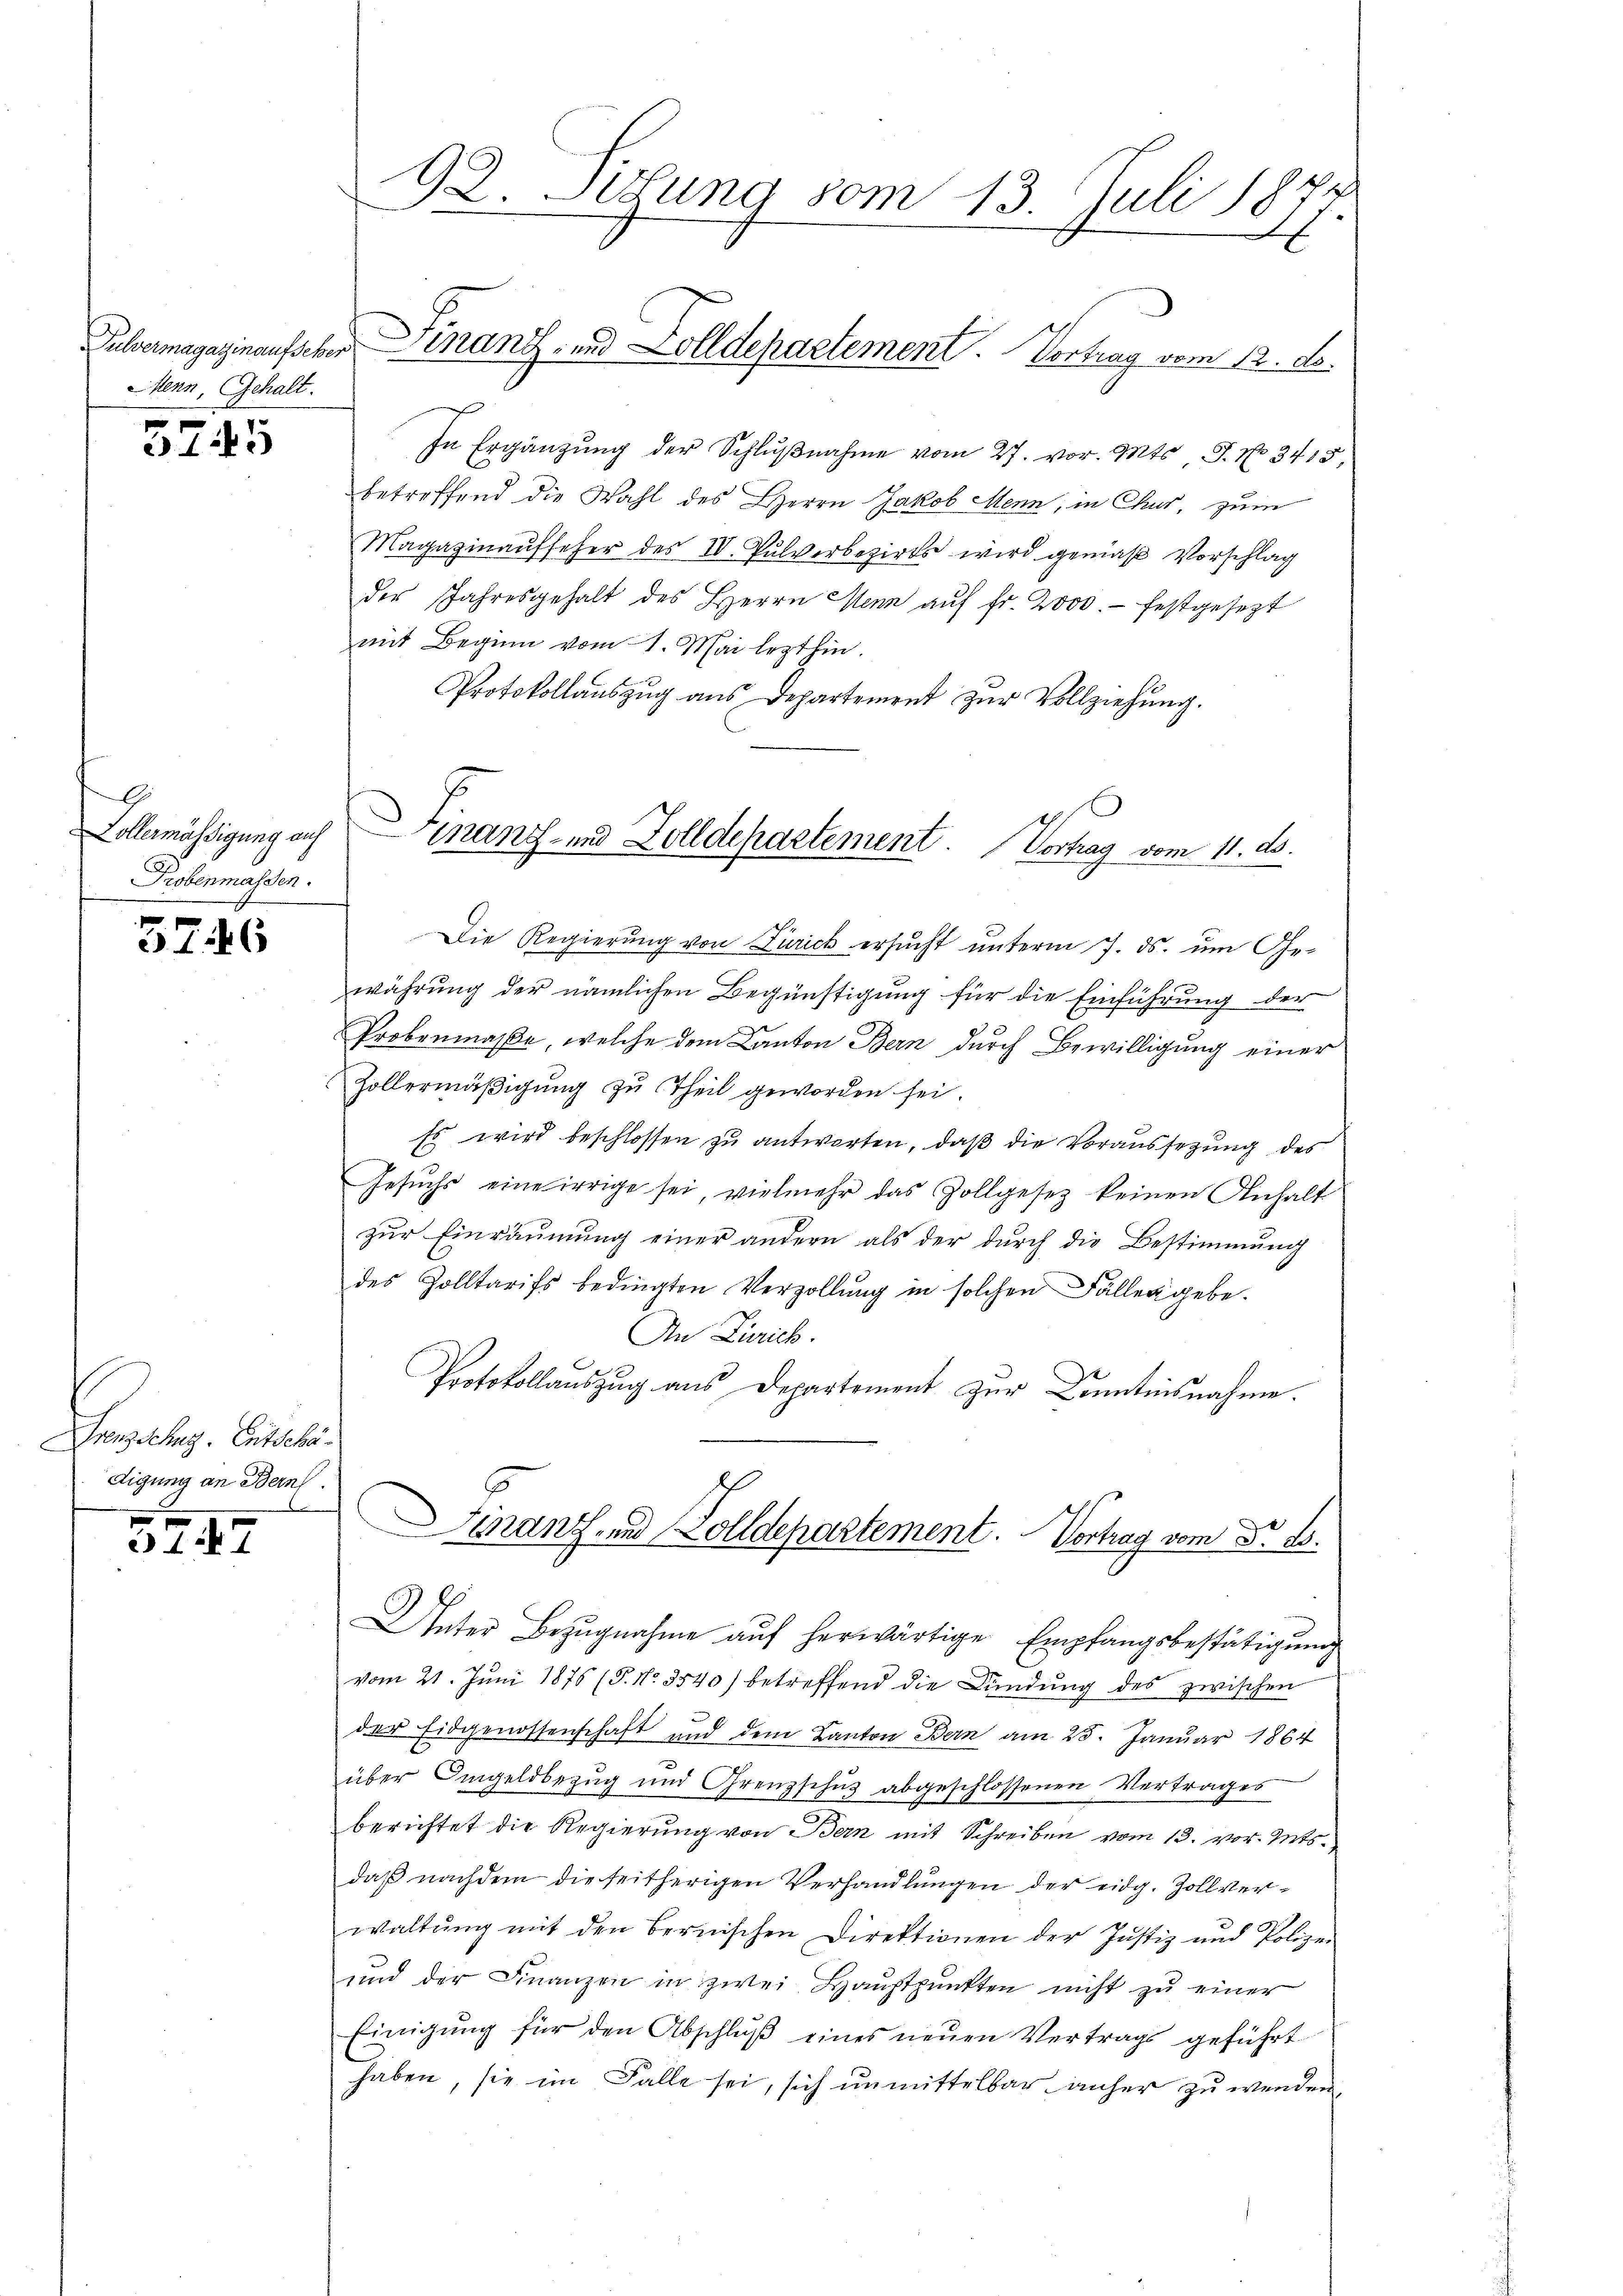
5745

A
Collermässigung auf
Probenmassen.

37. 46

renzschung. Entschädigung an Bern
x

3747

92. Setzung vom 13. Juli 1877.

Menn, Gehalt.

In Ergänzung der Schlŭβnahme vom 27. vor. Mts. J. No. 3415,
betreffend die Wahl des Herrn Jakob Menn, in Chur, zum
Magazinaŭfseher des IV. Pulverbezirks wird gemäß Vorschlag
der Jahresgehalt des Herrn Mann aŭf fr. 2000. festgesezt
mit Beginn vom 1. Mai lezthin.
Protokollaŭszŭg aŭs Departement zŭr Vollziehŭng.
Die Regierŭng von Frick ersŭcht ŭnterm 7. ds. ŭm Ge-
währung der nämlichen Begünstigung für die Einführung der
Probenmaße, welche dem Canton Bern durch Bewilligung einer
Zollermäßigung zu Theil geworden sei.
Es wird beschlossen zu antworten, daß die Voraussezung des
Gesŭchs eine irrige sei, vielmehr das Zollgesetz keinen Anhalt
zur Einräumung einer andern als der durch die Bestimmung
des Zolltarifs bedingten Verzollŭng in solchen Fällen gebe.
An Zürich.
Protokollauszug aus Departement zur Kenntnisnahme.
Finanz- und Solldepartement. Vortrag vom No. 28.
Unter Bezŭgnahme aŭf herwärtige Empfangsbestätigŭng
vom 21. Jŭni 1876 (5. No. 3540) betreffend die Bündŭng des zwischen
der Eidgenossenschaft und dem Kanton Bern am 25. Januar 1864
über Umgeldbezug und Grenzschuß abgeschlossenen Vertrages
berichtet die Regierung von Bern mit Schreiben vom 13. vor. Mts.
daß nachdem die seitherigen Verhandlungen der eidg. Zollverwaltung mit den Bernischen Direktionen der Justiz und Polizei
und der Finanzen in zwei Hauptpunkten nicht zu einer
Einigung für den Abschluß eines neuen Vertrags geführt
haben, sie im Falle sei, sich unmittelbar anher zu wenden,

Pulvermagazinaufscher Finanz- und Zolldepartement. Vortrag vom 12. d.

Finanz- und Zolldepartement. Vortrag vom 11. ds.